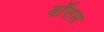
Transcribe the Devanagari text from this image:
बॉसम